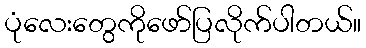
ပုံလေးတွေကိုဖော်ပြလိုက်ပါတယ်။